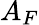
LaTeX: A_{F}